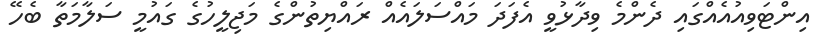
އިންޓަވިއުއެއްގައި ދެންމެ ވިދާޅުވީ އެފަދަ މައްސަލައެއް ރައްޔިތުންގެ މަޖިލީހުގެ ގައުމީ ސަލާމަތާ ބެހޭ